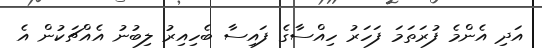
އަދި އެންމެ ފުރަތަމަ ފަހަރު ހިއްސާގެ ފައިސާ ބެހިއިރު ލިބުނު އެއްޗަކުން އެ